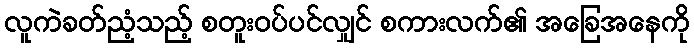
လူကဲခတ်ညံ့သည့် စတူးဝပ်ပင်လျှင် စကားလက်၏ အခြေအနေကို